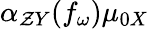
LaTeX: \alpha_{\mathcal{Z}Y}(f_{\omega})\mu_{0X}